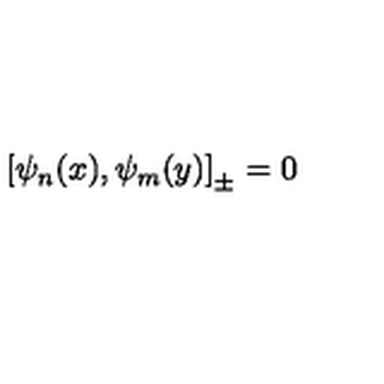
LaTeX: \left[ \psi _ { n } ( x ) , \psi _ { m } ( y ) \right] _ { \pm } = 0 \quad